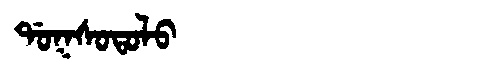
Manchu: ᡩᠣᡴᠰᠣᡨᠣᠯᠣ
Romanization: DOKSOTOLO